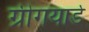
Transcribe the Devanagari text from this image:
ग्रीगयार्ड